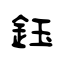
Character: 鈺